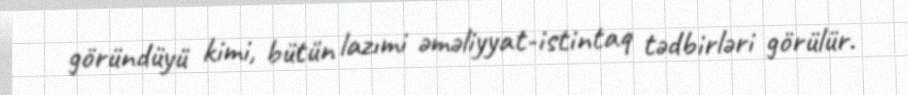
göründüyü kimi, bütün lazımi əməliyyat-istintaq tədbirləri görülür.